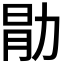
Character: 𫦱